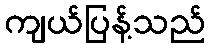
ကျယ်ပြန့်သည်